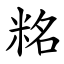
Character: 䊅